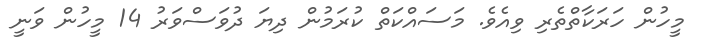
މީހުން ހަރަކާތްތެރި ވިއެވެ. މަސައްކަތް ކުރަމުން ދިޔަ ދުވަސްވަރު 14 މީހުން ވަނީ